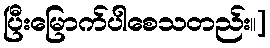
ပြီးမြောက်ပါစေသတည်း။]